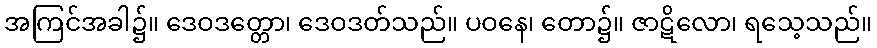
အကြင်အခါ၌။ ဒေဝဒတ္တော၊ ဒေဝဒတ်သည်။ ပဝနေ၊ တော၌။ ဇာဋိလော၊ ရသေ့သည်။